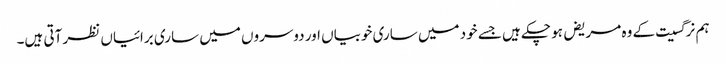
ہم نرگسیت کے وہ مریض ہو چکے ہیں جسے خود میں ساری خوبیاں اور دوسروں میں ساری برائیاں نظر آتی ہیں۔